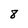
Character: 8